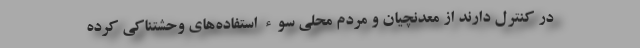
در کنترل دارند از معدنچیان و مردم محلی سوء استفاده‌های وحشتناکی کرده